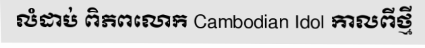
លំដាប់ ពិភពលោក Cambodian Idol កាលពីថ្មី